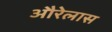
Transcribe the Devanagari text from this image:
औरेलास